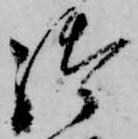
御